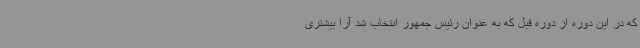
که در این دوره از دوره قبل که به عنوان رئیس جمهور انتخاب شد آرا بیشتری